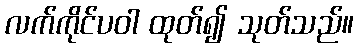
လက်ကိုင်ပဝါ ထုတ်၍ သုတ်သည်။